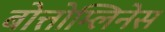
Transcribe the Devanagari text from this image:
बोत्तोम्लिनेस